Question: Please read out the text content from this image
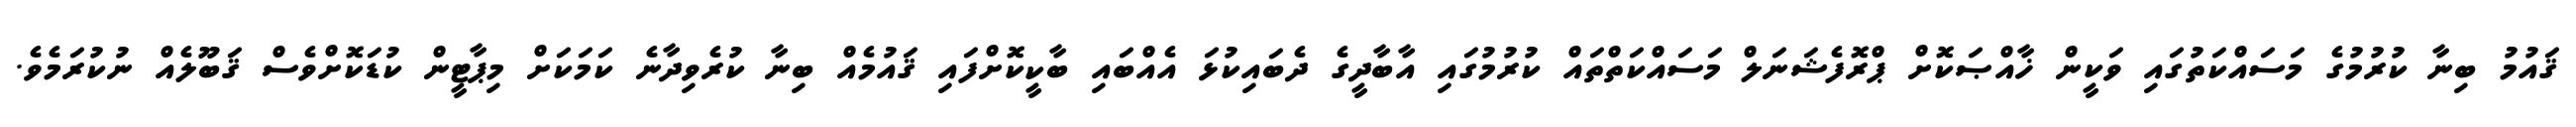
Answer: ޤައުމު ބިނާ ކުރުމުގެ މަސައްކަތުގައި ވަކީން ޚާއްޞަކޮށް ޕްރޮފެޝަނަލް މަސައްކަތްތައް ކުރުމުގައި އާބާދީގެ ދެބައިކުޅަ އެއްބައި ބާކީކޮށްފައި ޤައުމެއް ބިނާ ކުރެވިދާނެ ކަމަކަށް މިޕާޓީން ކުޑަކޮށްވެސް ޤަބޫލެއް ނުކުރަމެވެ.